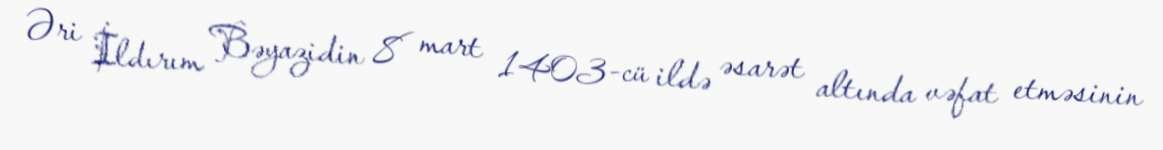
Əri İldırım Bəyazidin 8 mart 1403-cü ildə əsarət altında vəfat etməsinin